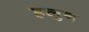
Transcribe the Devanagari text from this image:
हलुन